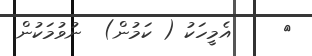
٨     އެމީހަކު ( ކަމުން)  ނުވުމަކުން